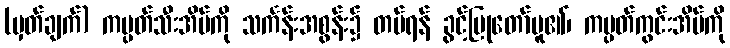
(မှတ်ချက်) ကမ္ပတ်သီးအိမ်ကို သင်္ကန်းအစွန်း၌ တပ်ရန် ခွင့်ပြုတော်မူ၏၊ ကမ္ပတ်ကွင်းအိမ်ကို